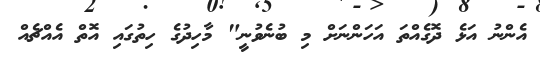
އެންނު އަޅެ ދޮގެއްތަ އަހަންނަށް މި ބުނެވުނީ" މާހިދުގެ ހިތުގައި އޮތް އެއްޗެއް